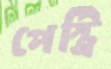
পেস্ট্রি